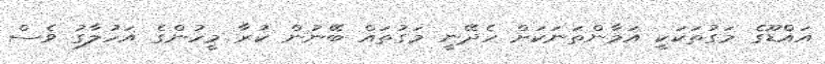
އައްޑޫގެ މަގުތަކަކީ އަމާންތަނަކަށް ހެދޭނީ މަގުތައް ބޭނުން ކުރާ މީހުންގެ އަހުލާގު ވެސް